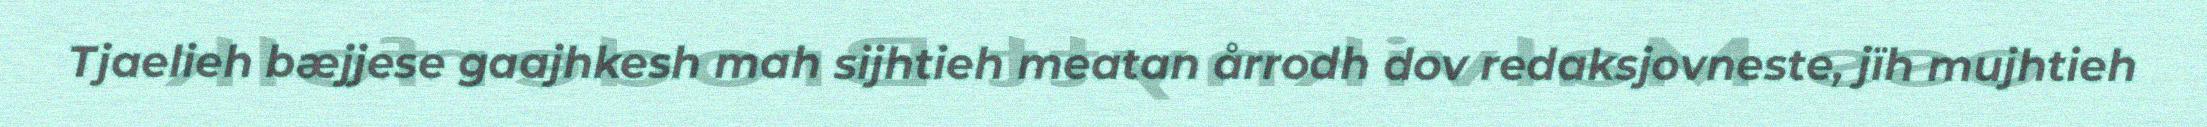
Tjaelieh bæjjese gaajhkesh mah sijhtieh meatan årrodh dov redaksjovneste, jïh mujhtieh